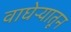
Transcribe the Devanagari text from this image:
वाघेऱ्यातून